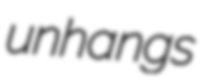
unhangs